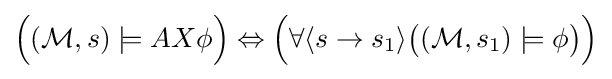
{\Big (}({\mathcal {M}},s)\models AX\phi {\Big )}\Leftrightarrow {\Big (}\forall \langle s\rightarrow s_{1}\rangle {\big (}({\mathcal {M}},s_{1})\models \phi {\big )}{\Big )}